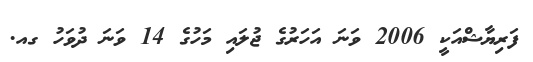
ފަރިޔާޝްއަކީ 2006 ވަނަ އަހަރުގެ ޖުލައި މަހުގެ 14 ވަނަ ދުވަހު ގއ.